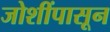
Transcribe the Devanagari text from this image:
जोशींपासून